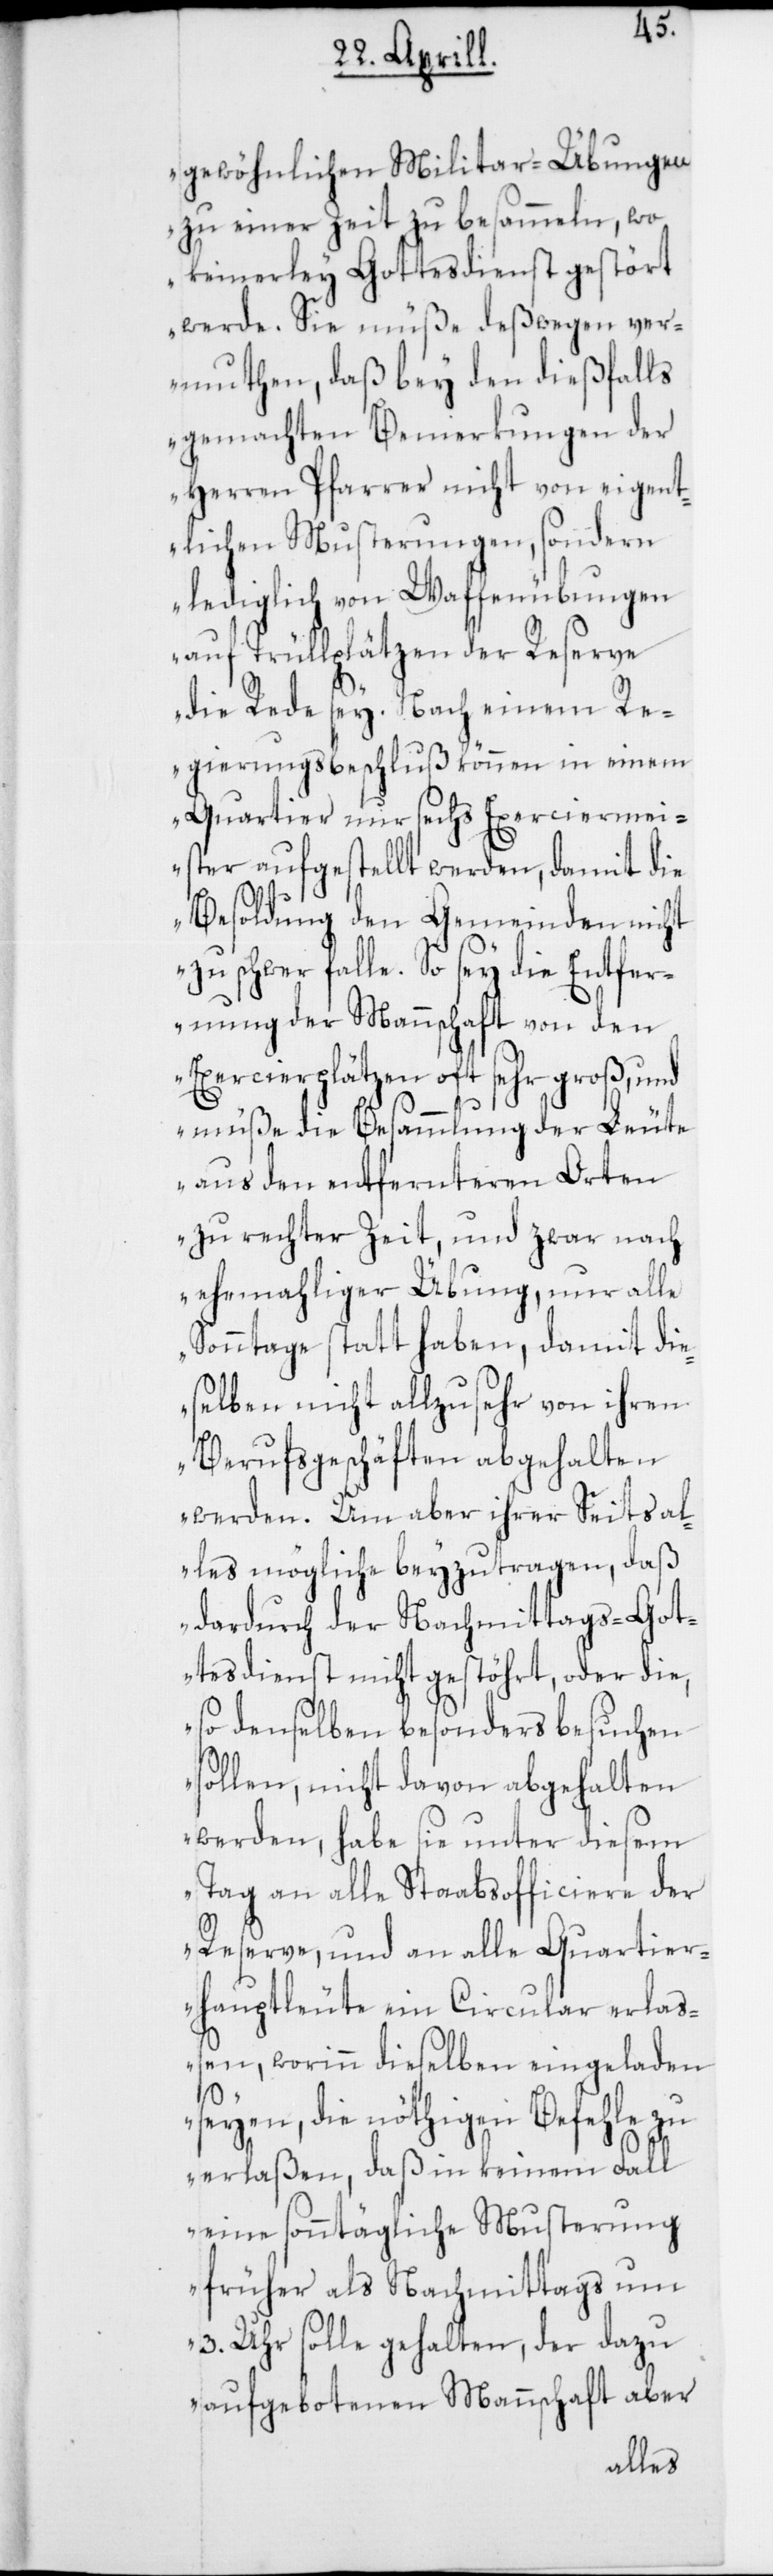
gewöhnlichen Militar-Übungen
zu einer Zeit zu besammeln, wo
keinerley Gottesdienst gestört
werde. Sie müße deßwegen ver¬
muthen, daß bey den dießfalls
gemachten Bemerkungen der
Herren Pfarrer nicht von eigent¬
lichen Musterungen, sondern
lediglich von Waffenübungen
auf Trüllplätzen der Reserve
die Rede sey. Nach einem Re¬
gierungsbeschluß können in einem
Exerciermei¬
Quartier nur sechs
ster aufgestellt werden, damit die
Besoldung den Gemeinden nicht
zu schwer falle. So sey die Entfer¬
nung der Mannschaft von den
Exercierplätzen oft sehr groß, und
müße die Besammlung der Leute
aus den entfernteren Orten
zu rechter Zeit, und zwar nach
ehemahliger Übung, nur alle
Sonntage statt haben, damit di¬
eselben nicht allzu sehr von ihren
Berufsgeschäften abgehalten
werden. Um aber ihrer Seits al¬
les mögliche beyzutragen, daß
dardurch der Nachmittags-Got¬
tesdienst nicht gestöhrt, oder die,
so denselben besonders besuchen
sollen, nicht davon abgehalten
werden, habe sie unter diesem
Tag an alle Staabsofficiere der
Reserve, und an alle Quartier¬
hauptleute ein Circular erlaß¬
en, worinn dieselben eingeladen
seyen, die nöthigen Befehle zu
erlaßen, daß in keinem Fall
eine sonntägliche Musterung
früher als nachmittags um
3. Uhr solle gehalten, der dazu
aufgebotenen Mannschaft aber